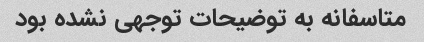
متاسفانه به توضیحات توجهی نشده بود